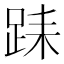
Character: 𨀤